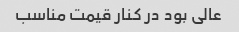
عالی بود در کنار قیمت مناسب